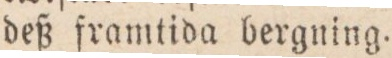
deß framtida bergning.